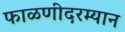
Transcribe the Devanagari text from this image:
फाळणीदरम्यान